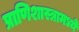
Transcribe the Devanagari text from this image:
प्राणिशास्त्रामध्ये